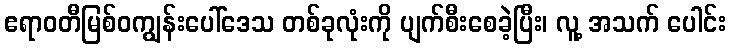
ဧရာဝတီမြစ်ဝကျွန်းပေါ်ဒေသ တစ်ခုလုံးကို ပျက်စီးစေခဲ့ပြီး၊ လူ့ အသက် ပေါင်း